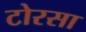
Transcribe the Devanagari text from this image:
टोरसा